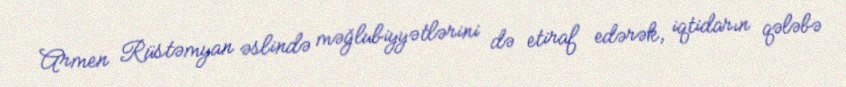
Armen Rüstəmyan əslində məğlubiyyətlərini də etiraf edərək, iqtidarın qələbə